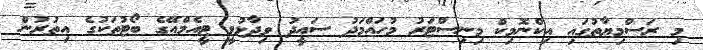
މި ރަސްމިޔާތުގައި އިކްނޮމިކް މިނިސްޓަރު މުހައްމަދު ސައީދު ވިދާޅުވީ ޓީއެމްއޭގެ ބޯޓުތަކުގެ އިތުރުން